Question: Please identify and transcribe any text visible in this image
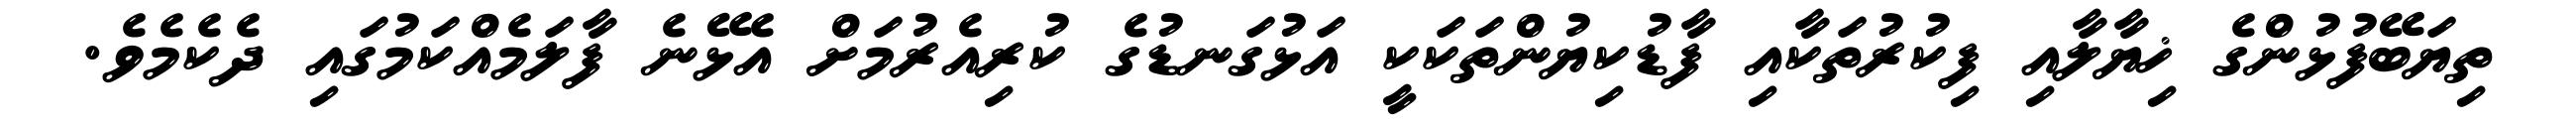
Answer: ތިޔަބޭފުޅުންގެ ޚިޔާލާއި ފިކުރުތަކާއި ފާޑުކިޔުންތަކަކީ އަޅުގަނޑުގެ ކުރިއެރުމަށް އެޅޭނެ ފާލަމެއްކަމުގައި ދެކެމެވެ.